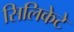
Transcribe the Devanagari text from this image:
सिलिकेटे